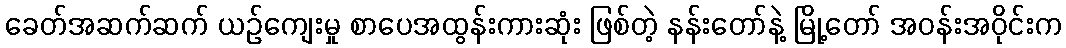
ခေတ်အဆက်ဆက် ယဉ်ကျေးမှု စာပေအထွန်းကားဆုံး ဖြစ်တဲ့ နန်းတော်နဲ့ မြို့တော် အဝန်းအဝိုင်းက